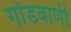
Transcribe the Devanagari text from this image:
गोंडवाणी